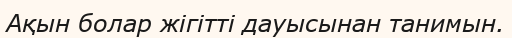
Ақын болар жігітті дауысынан танимын.